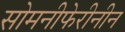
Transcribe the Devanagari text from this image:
सोमनीफेरीनीन